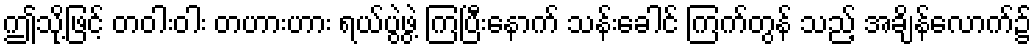
ဤသို့ဖြင့် တဝါးဝါး တဟားဟား ရယ်ပွဲဖွဲ့ ကြပြီးနောက် သန်းခေါင် ကြက်တွန် သည့် အချိန်လောက်၌